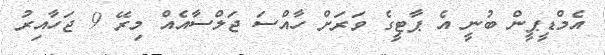
އެމްޑީޕީން ބުނީ އެ ޕާޓީގެ ވަރަށް ހާއްސަ ޖަލްސާއެއް މިރޭ 9 ޖަހާއިރު